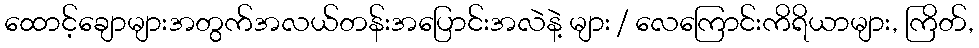
ထောင့်ချောများအတွက်အလယ်တန်းအပြောင်းအလဲနဲ့ များ / လေကြောင်းကိရိယာများ, ကြိတ်,